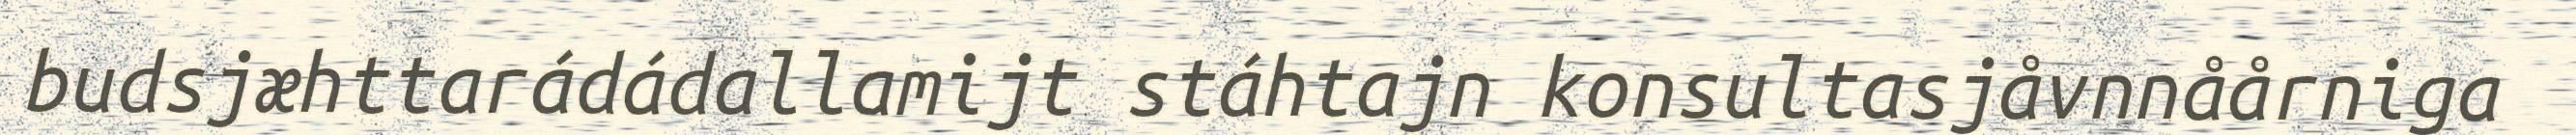
budsjæhttarádádallamijt stáhtajn konsultasjåvnnåårniga